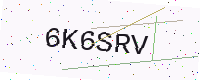
Text: 6K6SRV